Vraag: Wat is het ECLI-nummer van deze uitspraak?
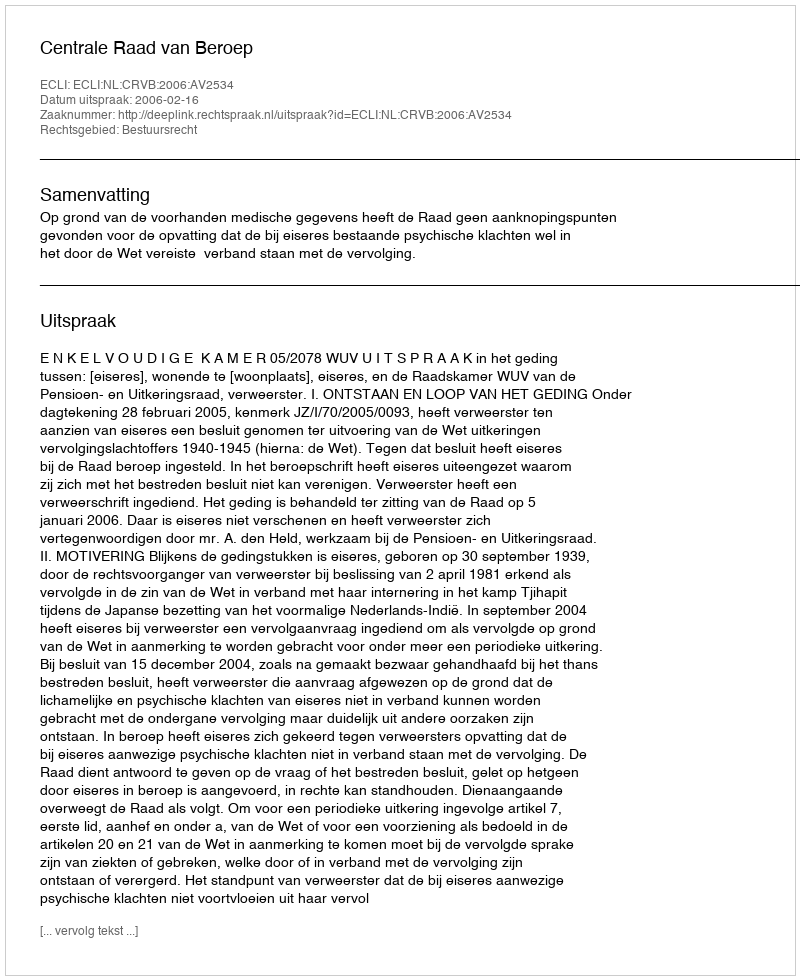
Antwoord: ECLI:NL:CRVB:2006:AV2534